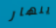
ينهار